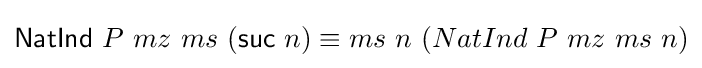
{\mathsf {NatInd}}\ P\ mz\ ms\ ({\mathsf {suc}}\ n)\equiv ms\ n\ (NatInd\ P\ mz\ ms\ n)